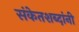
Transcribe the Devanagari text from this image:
संकेतशब्दांनी